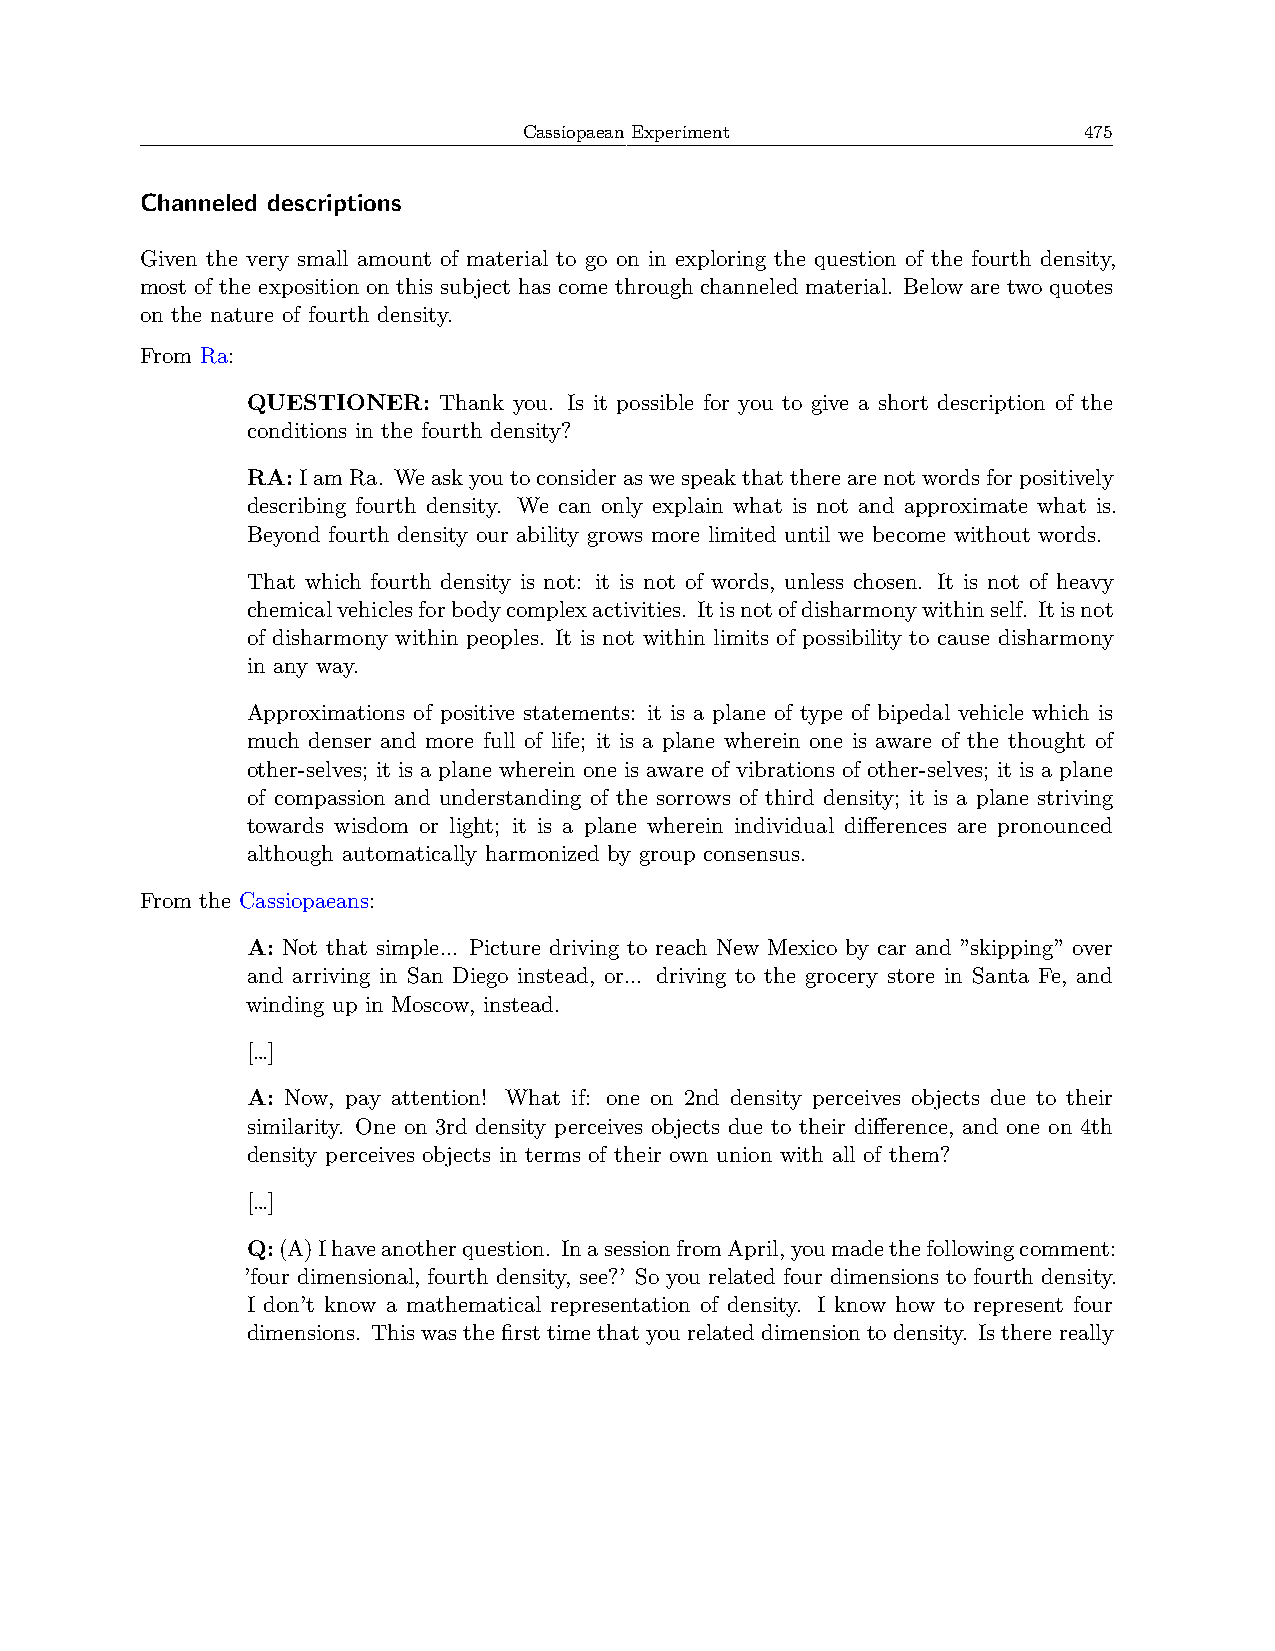
Cassiopaean Experiment               475
 Channeled descriptions
 Given the very small amount of material to go on in exploring the question of the fourth density,
 most of the exposition on this subject has come through channeled material. Below are two quotes
 on the nature of fourth density.
 From Ra:
 QUESTIONER:  Thank you. Is it possible for you to give a short description of the
 conditions in the fourth density?
 RA:IamRa. Weaskyoutoconsideraswespeakthattherearenotwordsforpositively
 describing fourth density. We can only explain what is not and approximate what is.
 Beyond fourth density our ability grows more limited until we become without words.
 That which fourth density is not: it is not of words, unless chosen. It is not of heavy
 chemicalvehiclesforbodycomplexactivities. Itisnotofdisharmonywithinself. Itisnot
 of disharmony within peoples. It is not within limits of possibility to cause disharmony
 in any way.
 Approximations of positive statements: it is a plane of type of bipedal vehicle which is
 much denser and more full of life; it is a plane wherein one is aware of the thought of
 other-selves; it is a plane wherein one is aware of vibrations of other-selves; it is a plane
 of compassion and understanding of the sorrows of third density; it is a plane striving
 towards wisdom or light; it is a plane wherein individual differences are pronounced
 although automatically harmonized by group consensus.
 From the Cassiopaeans:
 A: Not that simple... Picture driving to reach New Mexico by car and ”skipping” over
 and arriving in San Diego instead, or... driving to the grocery store in Santa Fe, and
 winding up in Moscow, instead.
 […]
 A: Now, pay attention! What if: one on 2nd density perceives objects due to their
 similarity. One on 3rd density perceives objects due to their difference, and one on 4th
 density perceives objects in terms of their own union with all of them?
 […]
 Q:(A)Ihaveanotherquestion. InasessionfromApril,youmadethefollowingcomment:
 ’four dimensional, fourth density, see?’ So you related four dimensions to fourth density.
 I don’t know a mathematical representation of density. I know how to represent four
 dimensions. Thiswasthefirsttimethatyourelateddimensiontodensity. Istherereally